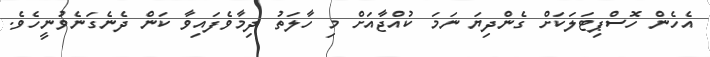
އެހެން ހޮސްޕިޓަލަކަށް ގެންދިޔަ ނަމަ ކުއްޖާއަށް މި ހާލަތު ދިމާވެފައިވާ ކަން ދެނެގަނެވުނީހެވެ.